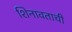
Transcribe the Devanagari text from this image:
शिनावताची